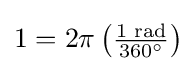
\textstyle 1=2\pi \left({\tfrac {1{\text{ rad}}}{360^{\circ }}}\right)